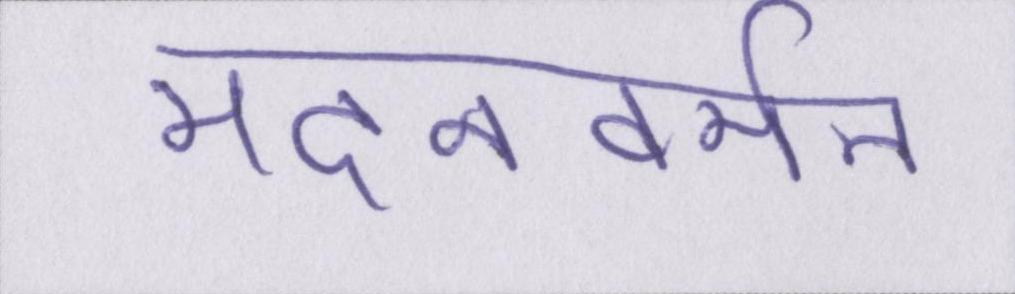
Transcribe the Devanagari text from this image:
मदनवर्मन